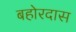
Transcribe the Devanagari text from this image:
बहोरदास